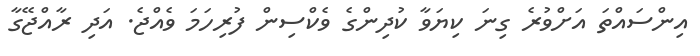
އިންސައްތަ އަށްވުރެ ގިނަ ކިޔަވާ ކުދިންގެ ވެކްސިން ފުރިހަމަ ވެއްޖެ. އަދި ރާއްޖޭގާ